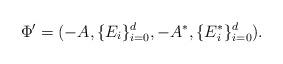
LaTeX: \begin{align*} \Phi' = (-A, \{E_i\}_{i=0}^d, -A^*, \{E^*_i\}_{i=0}^d). \end{align*}